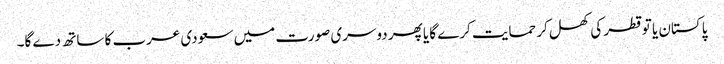
پاکستان یا تو قطر کی کھل کر حمایت کرے گا یا پھر دوسری صورت میں سعودی عرب کا ساتھ دے گا۔